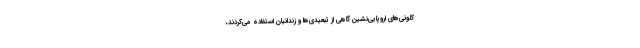
کلونی‌های اروپایی‌نشین گاهی از تبعیدی‌ها و زندانیان استفاده می‌کردند،